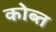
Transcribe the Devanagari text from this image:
कोब्त